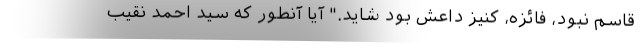
قاسم نبود، فائزه، کنیز داعش بود شاید." آیا آنطور که سید احمد نقیب